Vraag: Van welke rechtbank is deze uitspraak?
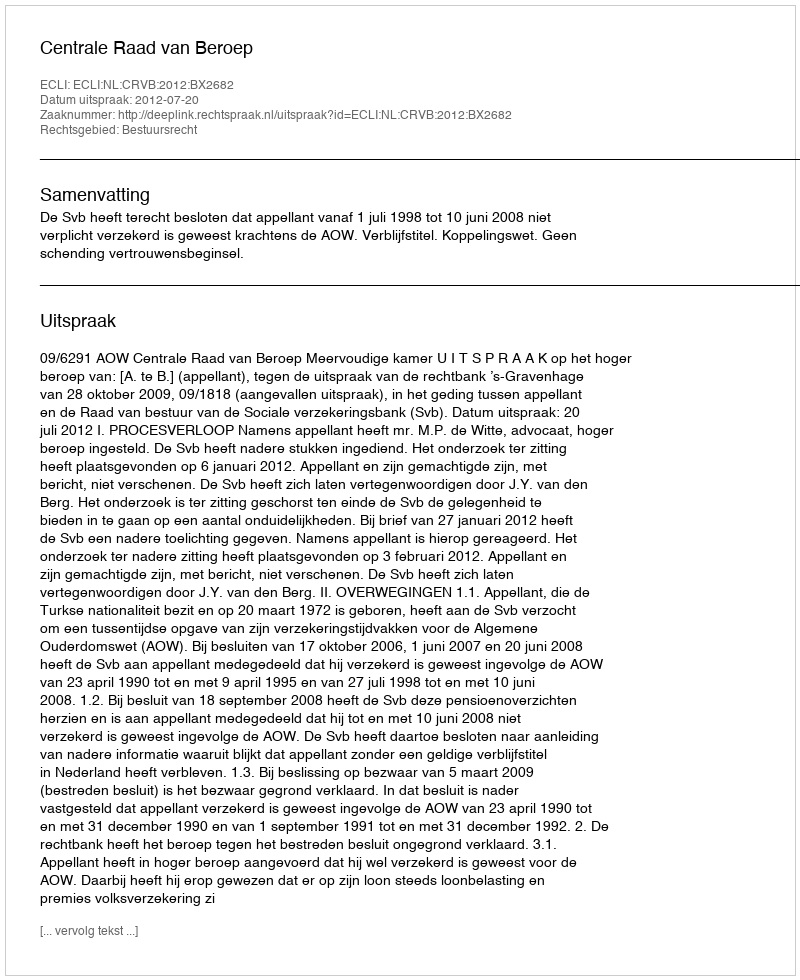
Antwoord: Centrale Raad van Beroep